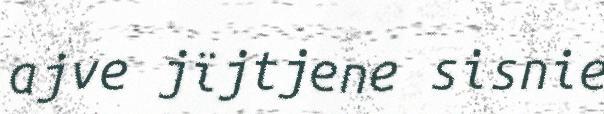
ajve jïjtjene sisnie